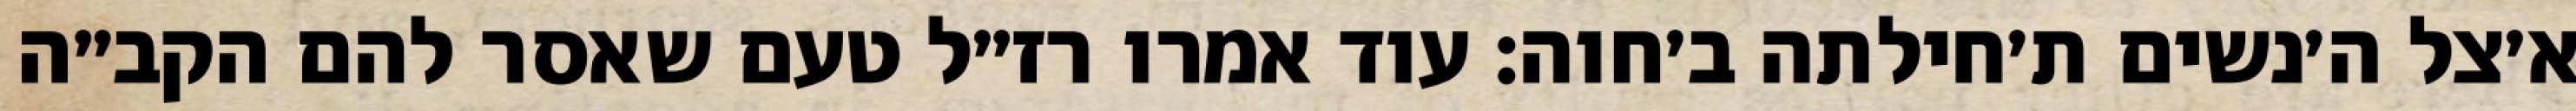
א׳צל ה׳נשים ת׳חילתה ב׳חוה: עוד אמרו רז״ל טעם שאסר להם הקב״ה